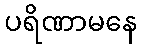
ပရိဏာမနေ